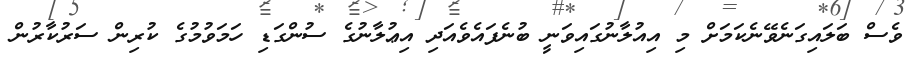
ވެސް ބަލައިގަނެވޭނެކަމަށް މި އިއުލާނުގައިވަނީ ބުނެފައެވެއަދި އިޢުލާނުގެ ސުންގަޑި ހަމަވުމުގެ ކުރިން ސަރުކާރުން